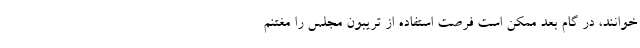
خوانند، در گام بعد ممکن است فرصت استفاده از تریبون مجلس را مغتنم